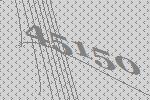
45150